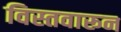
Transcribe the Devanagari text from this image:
विस्तवारून